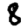
Digit: 8